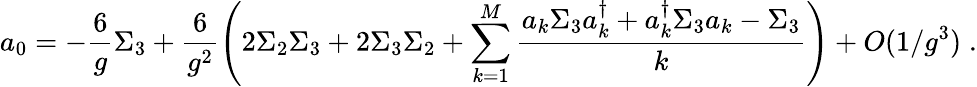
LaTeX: a_{0}=-\frac{6}{g}\Sigma_{3}+\frac{6}{g^{2}}\left(2\Sigma_{2}\Sigma_{3}+2\Sigma_{3}\Sigma_{2}+\sum_{k=1}^{M}\frac{a_{k}\Sigma_{3}a_{k}^{\dagger}+a_{k}^{\dagger}\Sigma_{3}a_{k}-\Sigma_{3}}{k}\right)+O(1/g^{3})\; .